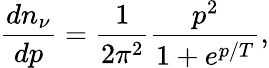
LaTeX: {\frac{dn_{\nu}}{dp}}={\frac{1}{2\pi^{2}}}{\frac{p^{2}}{1+e^{p/T}}},